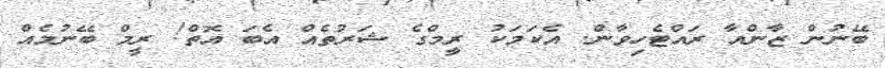
ބޭނުން ޒާންއާ ރައްޓެހިވާން. އެކަމަކު ރިީމްގެ ޝަރުތެއް އެބަ އޮތް! ރީމް ބޭނުމެއް